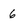
Character: 6